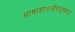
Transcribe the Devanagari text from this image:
भाषाशास्त्रीयदृष्ट्या